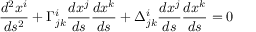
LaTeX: { \frac { d ^ { 2 } x ^ { i } } { d s ^ { 2 } } } + \Gamma _ { j k } ^ { i } { \frac { d x ^ { j } } { d s } } { \frac { d x ^ { k } } { d s } } + \Delta _ { j k } ^ { i } { \frac { d x ^ { j } } { d s } } { \frac { d x ^ { k } } { d s } } = 0